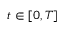
t \in [ 0 , T ]